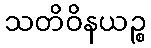
သတိဝိနယဉ္စ